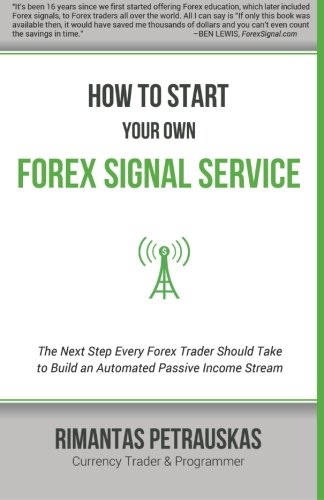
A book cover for How to Start Your Own Forex Signal Service: The Next Step Every Forex Trader Should Take to Build an Automated Passive Income Stream; Rimantas Petrauskas; Business & Money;